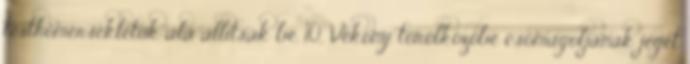
testhőmérsékletük alá állítsák be. 10, Vékony törölközőbe csomagoljanak jeget